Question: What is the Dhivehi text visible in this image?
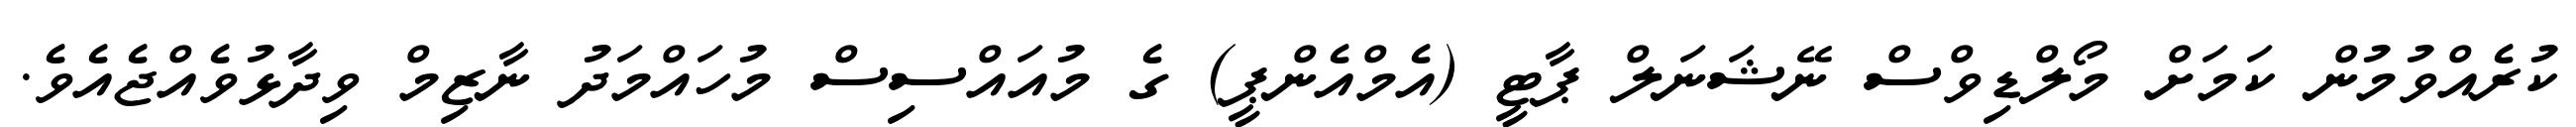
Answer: ކުރެއްވުމުން ކަމަށް މޯލްޑިވްސް ނޭޝަނަލް ޕާޓީ (އެމްއެންޕީ) ގެ މުއައްސިސް މުހައްމަދު ނާޒިމް ވިދާޅުވެއްޖެއެވެ.